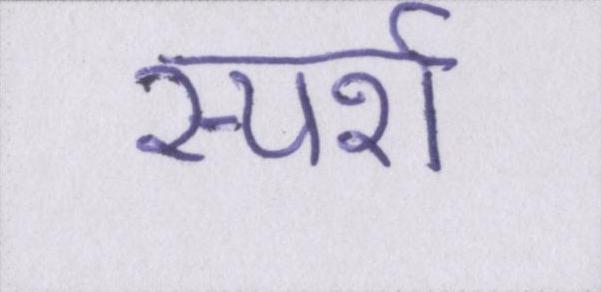
स्पर्श